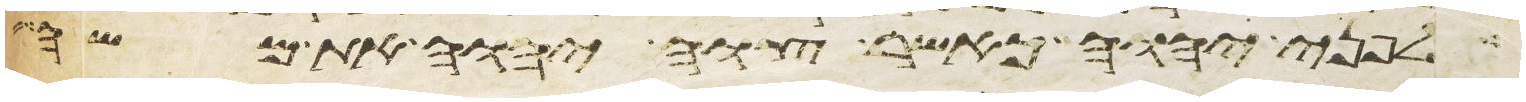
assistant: לפני יהוה כאשר צוה יהוה את משה